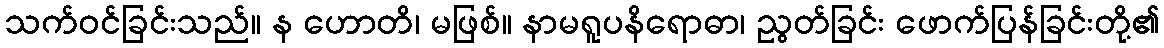
သက်ဝင်ခြင်းသည်။ န ဟောတိ၊ မဖြစ်။ နာမရူပနိရောဓာ၊ ညွတ်ခြင်း ဖောက်ပြန်ခြင်းတို့၏